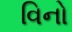
વિનો